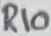
Text: R10